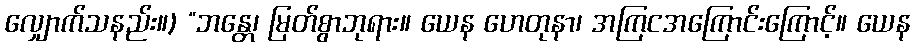
လျှောက်သနည်း။) “ဘန္တေ၊ မြတ်စွာဘုရား။ ယေန ဟေတုနာ၊ အကြငအကြောင်းကြောင့်။ ယေန